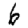
Digit: 6